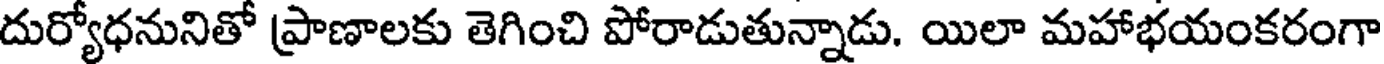
దుర్యోధనునితో ప్రాణాలకు తెగించి పోరాడుతున్నాడు. యిలా మహాభయంకరంగా